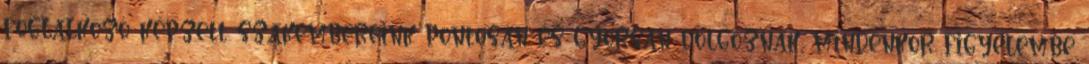
foglalkozó képzett szakembereink pontosan és gyorsan dolgoznak, mindenkor figyelembe